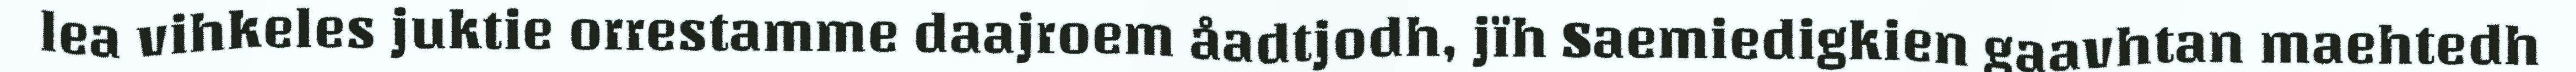
lea vihkeles juktie orrestamme daajroem åadtjodh, jïh Saemiedigkien gaavhtan maehtedh